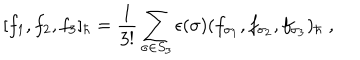
[ f _ { 1 } , f _ { 2 } , f _ { 3 } ] _ { \hbar } = \frac { 1 } { 3 ! } \sum _ { \sigma \in S _ { 3 } } \epsilon ( \sigma ) ( f _ { \sigma _ { 1 } } , f _ { \sigma _ { 2 } } , f _ { \sigma _ { 3 } } ) _ { \hbar } \; ,